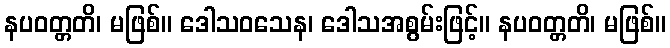
နပဝတ္တတိ၊ မဖြစ်။ ဒေါသဝသေန၊ ဒေါသအစွမ်းဖြင့်။ နပဝတ္တတိ၊ မဖြစ်။